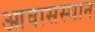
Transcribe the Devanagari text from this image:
आवासस्थान